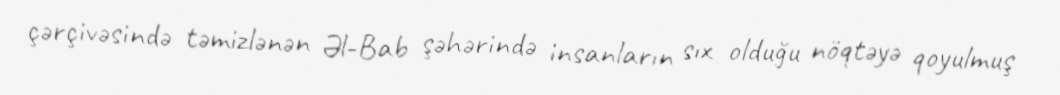
çərçivəsində təmizlənən Əl-Bab şəhərində insanların sıx olduğu nöqtəyə qoyulmuş